Civil Veterinary Dept. Bombay admin report 1907-1913 - 1907-1913
Year: 1907
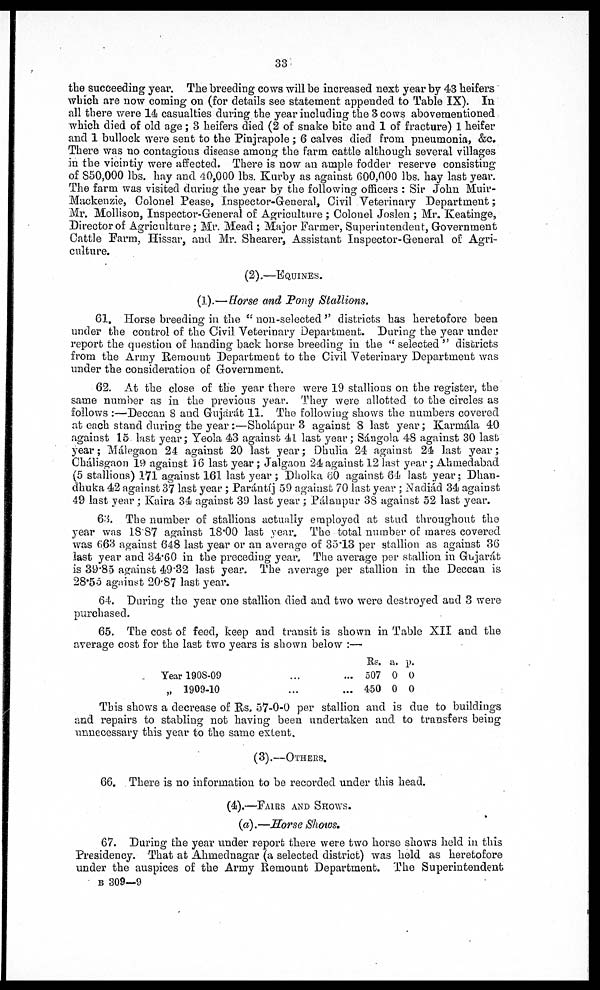
33
the succeeding year. The breeding cows will be increased next year by 43 heifers
which are now coming on (for details see statement appended to Table IX). In
all there were 14 casualties during the year including the Scows abovementioned
which died of old age; 3 heifers died (2 of snake bite and 1 of fracture) 1 heifer
and 1 bullock were sent to the Pinjrapole ; 6 calves died from pneumonia, &c.
There was no contagious disease among the farm cattle although several villages
in the vicintiy were affected. There is now an ample fodder reserve consisting
of S50,000 lbs. hay and 40,000 lbs. Kurby as against 600,000 lbs. hay last year.
The farm was visited during the year by the following officers : Sir John Muir-
Mackenzie, Colonel Pease, Inspector-General, Civil Veterinary Department;
Mr. Mollison, Inspector-General of Agriculture ; Colonel Joslen ; Mr. Keatinge,
Director of Agriculture; Mr. Mead ; Major Farmer, Superintendent, Government
Cattle Farm, Hissar, and Mr. Shearer, Assistant Inspector-General of Agri-
culture.
(2).—EQUINES
(1).—Horse and Pony Stallions.
61. Horse breeding in the " non-selected '' districts has heretofore been
under the control of the Civil Veterinary Department. During the year under
report the question of handing back horse breeding in the " selected " districts
from the Army Remount Department to the Civil Veterinary Department was
under the consideration of Government.
62. At the close of the year there were 19 stallions on the register, the
same number as in the previous year. They were allotted to the circles as
follows :—Deccan 8 and Gujarat 11. The following shows the numbers covered
at each stand during the year:—Sholápur 3 against 8 last year; Karmála 40
against 15 last year; Yeola 43 against 41 last year; Sángola 48 against 30 last
year; Málegaon 24 against 20 last year; Dhulia 24 against 24 last year;
Chálisgaon 19 against 16 last year; Jalgaon 24 against 12 last year; Ahmedabad
(5 stallions) 171 against 161 last year ; Dholka 60 against 64 last year; Dhan-
dhuka 42 against 37 last year; Parántij 59 against 70 last year ; Nadiád 34 against
49 last year; Kaira 34 against 39 last year; Pálanpur 38 against 52 last year.
63. The number of stallions actually employed at stud throughout the
year was 18 87 against 18.00 last year. The total number of mares covered
was 663 against 648 last year or an average of 35.13 per stallion as against 36
last year and 34.60 in the preceding year. The average per stallion in Gujarat
is 39.85 against 49.32 last year. The average per stallion in the Deccan is
28.55 against 20.87 last year.
64. During the year one stallion died and two were destroyed and 3 were
purchased.
65. The cost of feed, keep and transit is shown in Table XII and the
average cost for the last two years is shown below :—
Year 1908-09
„ 1909-10
...
...
...
...
Rs. a. p.
507 0 0
450 0 0
This shows a decrease of Rs. 57-0-0 per stallion and is due to buildings
and repairs to stabling not having been undertaken and to transfers being
unnecessary this year to the same extent.
(3).— OTHERS
66. There is no information to be recorded under this head.
(4).—FAIRS AND SHOWS
(a).—Horse Shows.
67. During the year under report there were two horse shows held in this
Presidency. That at Ahmednagar (a selected district) was held as heretofore
under the auspices of the Army Remount Department. The Superintendent
b 309—9